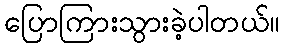
ပြောကြားသွားခဲ့ပါတယ်။